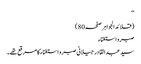
‘‘
(قلائد الجواہر صفحہ80)
صبر و استغناء
سید عبد القادر جیلانی صبر و استغناء کا مرقع تھے۔